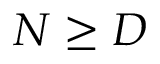
N \ge D